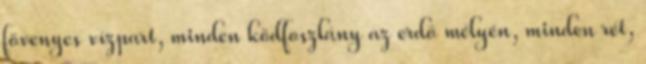
fövenyes vízpart, minden ködfoszlány az erdő mélyén, minden rét,